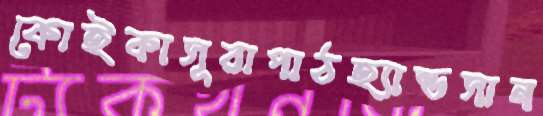
কোইকাসূরাপাঠহ্যান্ডসান